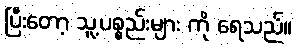
ပြီးတော့ သူ့ပစ္စည်းများ ကို ရေသည်။